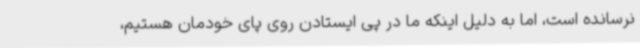
نرسانده است، اما به دلیل اینکه ما در پی ایستادن روی پای خودمان هستیم،